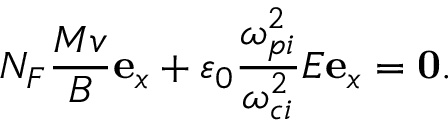
N _ { F } \frac { M v } { B } \mathbf { e } _ { x } + \varepsilon _ { 0 } \frac { \omega _ { p i } ^ { 2 } } { \omega _ { c i } ^ { 2 } } E \mathbf { e } _ { x } = \mathbf { 0 } .